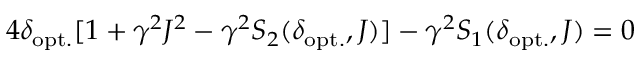
4 \delta _ { \mathrm { o p t . } } [ 1 + \gamma ^ { 2 } J ^ { 2 } - \gamma ^ { 2 } S _ { 2 } ( \delta _ { \mathrm { o p t . } } , J ) ] - \gamma ^ { 2 } S _ { 1 } ( \delta _ { \mathrm { o p t . } } , J ) = 0